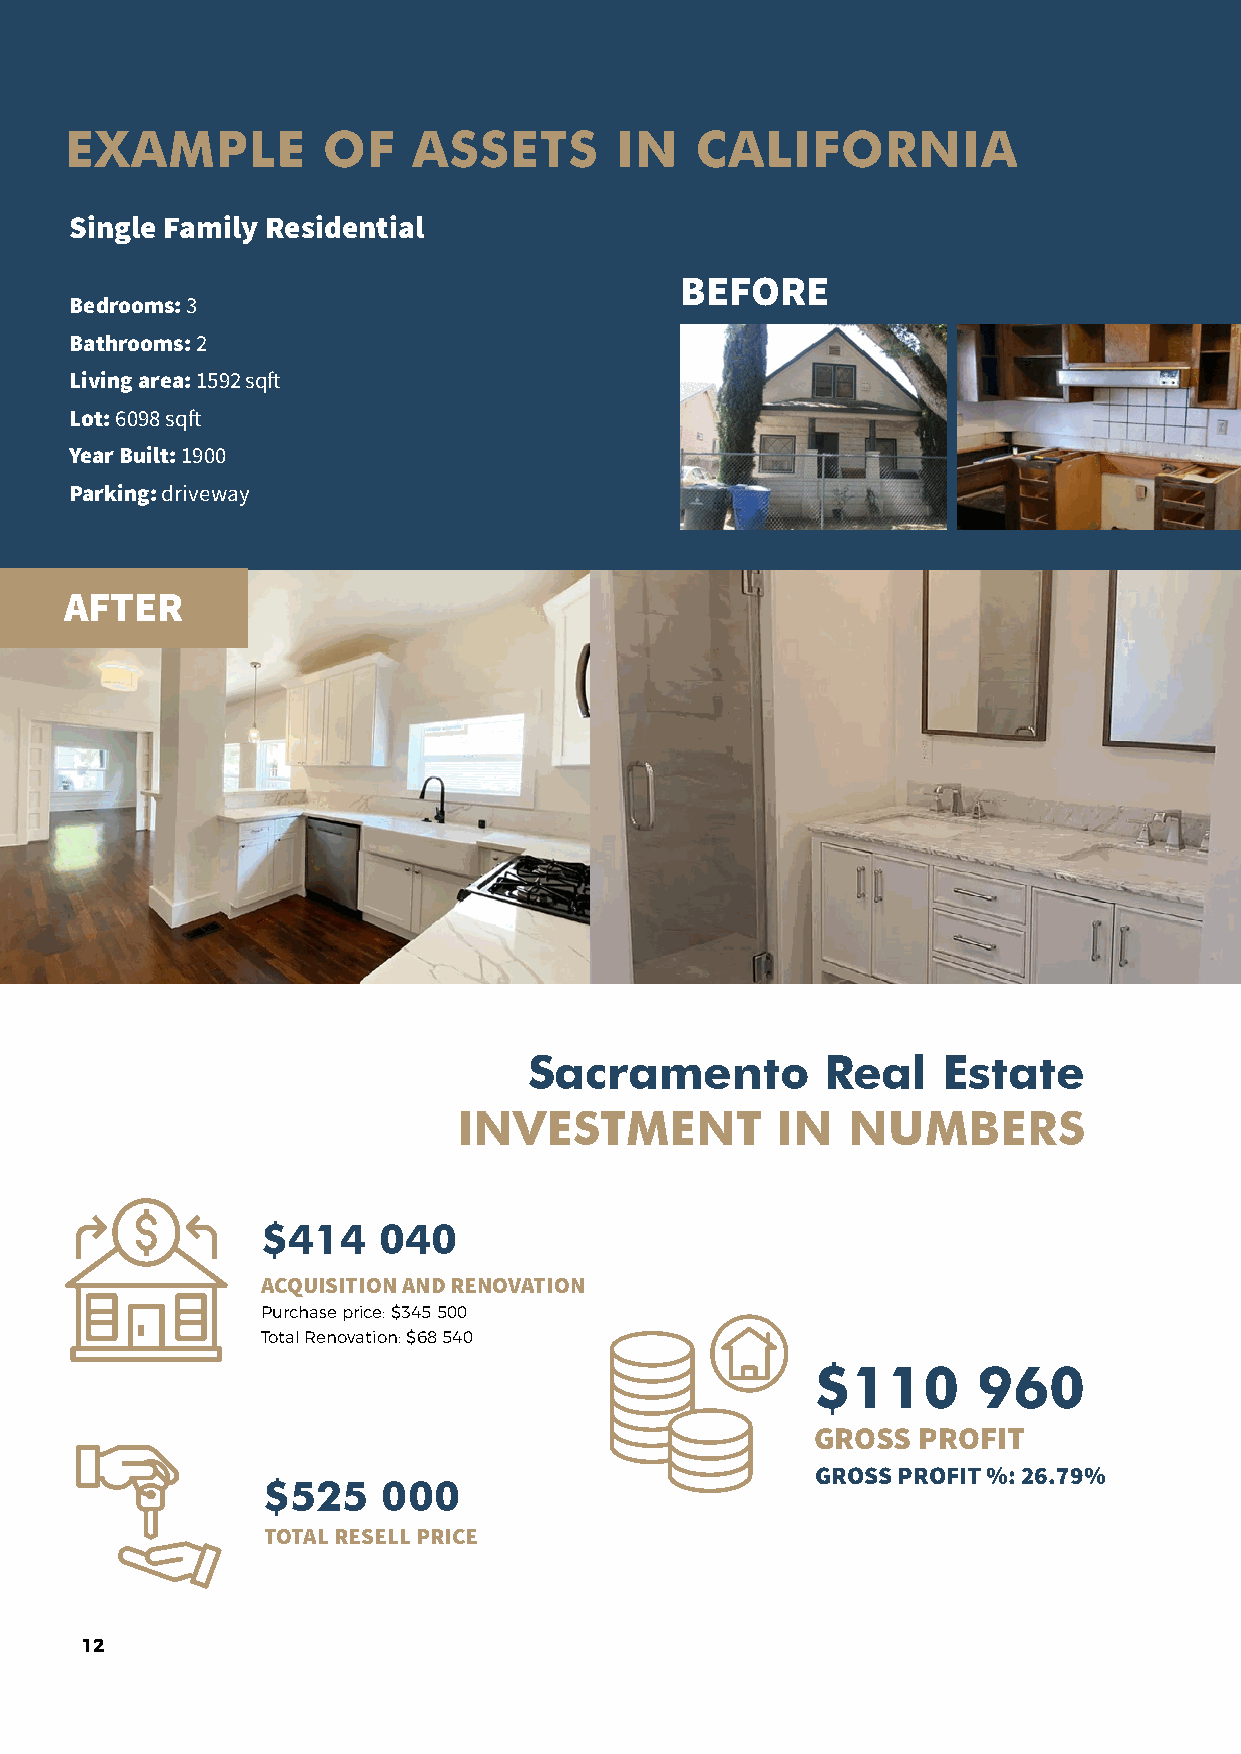
EXAMPLE          OF    ASSETS        IN   CALIFORNIA
 Single Family Residential
 BEFORE
 Bedrooms: 3
 Bathrooms: 2
 Living area: 1592 sqft
 Lot: 6098 sqft
 Year Built: 1900
 Parking: driveway
 AFTER
 Sacramento          Real   Estate
 INVESTMENT           IN   NUMBERS
 $414    040
 ACQUISITION AND RENOVATION
 Purchase price: $345 500
 Total Renovation: $68 540
 $110       960
 GROSS  PROFIT
 GROSS PROFIT %: 26.79%
 $525    000
 TOTAL RESELL PRICE
 12